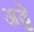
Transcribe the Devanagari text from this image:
अड्डॆ